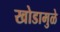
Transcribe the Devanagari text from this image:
खोडामुळे